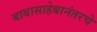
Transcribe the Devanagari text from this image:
बाबासाहेबानंतरचे